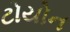
ટોયોન